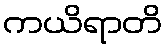
ကယိရာတိ